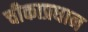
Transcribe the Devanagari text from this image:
चीकाप्रधान